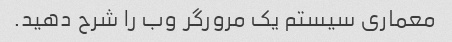
معماری سیستم یک مرورگر وب را شرح دهید.